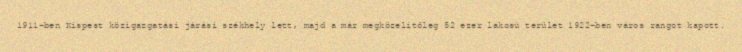
1911-ben Kispest közigazgatási járási székhely lett, majd a már megközelítőleg 52 ezer lakosú terület 1922-ben város rangot kapott.